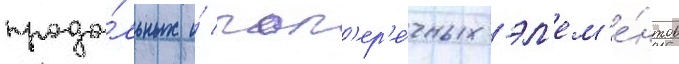
продо́льных и́ поп'ер'е́чных эл'ем'е́нтов